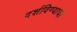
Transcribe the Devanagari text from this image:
दर्शविण्याचा